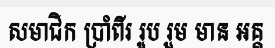
សមាជិក ប្រាំពីរ រូប រួម មាន អគ្គ